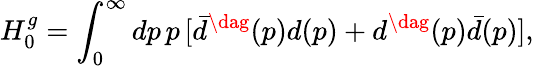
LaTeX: H_{0}^{g}=\int_{0}^{\infty}dp\, p\, [{\bar{d}}^{\dag}(p)d(p)+d^{\dag}(p)\bar{d}(p)],